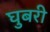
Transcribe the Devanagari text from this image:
घुबरी